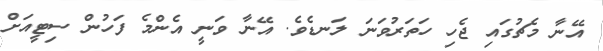
އޭނާ މެޗުގައި ޖެހި ހަތަރުވަނަ ލަނޑެވެ. އޭނާ ވަނީ އެންމެ ފަހުން ސިޓީއަށް